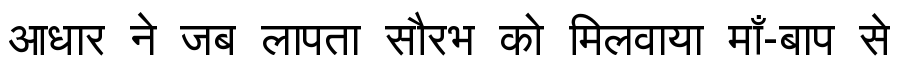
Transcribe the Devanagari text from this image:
आधार ने जब लापता सौरभ को मिलवाया माँ-बाप से